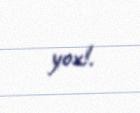
yox!.